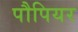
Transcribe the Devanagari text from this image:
पौपियर